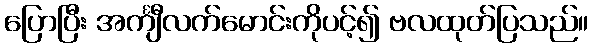
ပြောပြီး အင်္ကျီလက်မောင်းကိုပင့်၍ ဗလထုတ်ပြသည်။